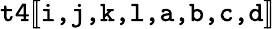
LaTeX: \texttt{t4}[\! [\texttt{i,j,k,l,a,b,c,d}]\! ]